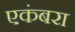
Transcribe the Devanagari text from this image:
एकंबरा